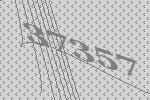
37357